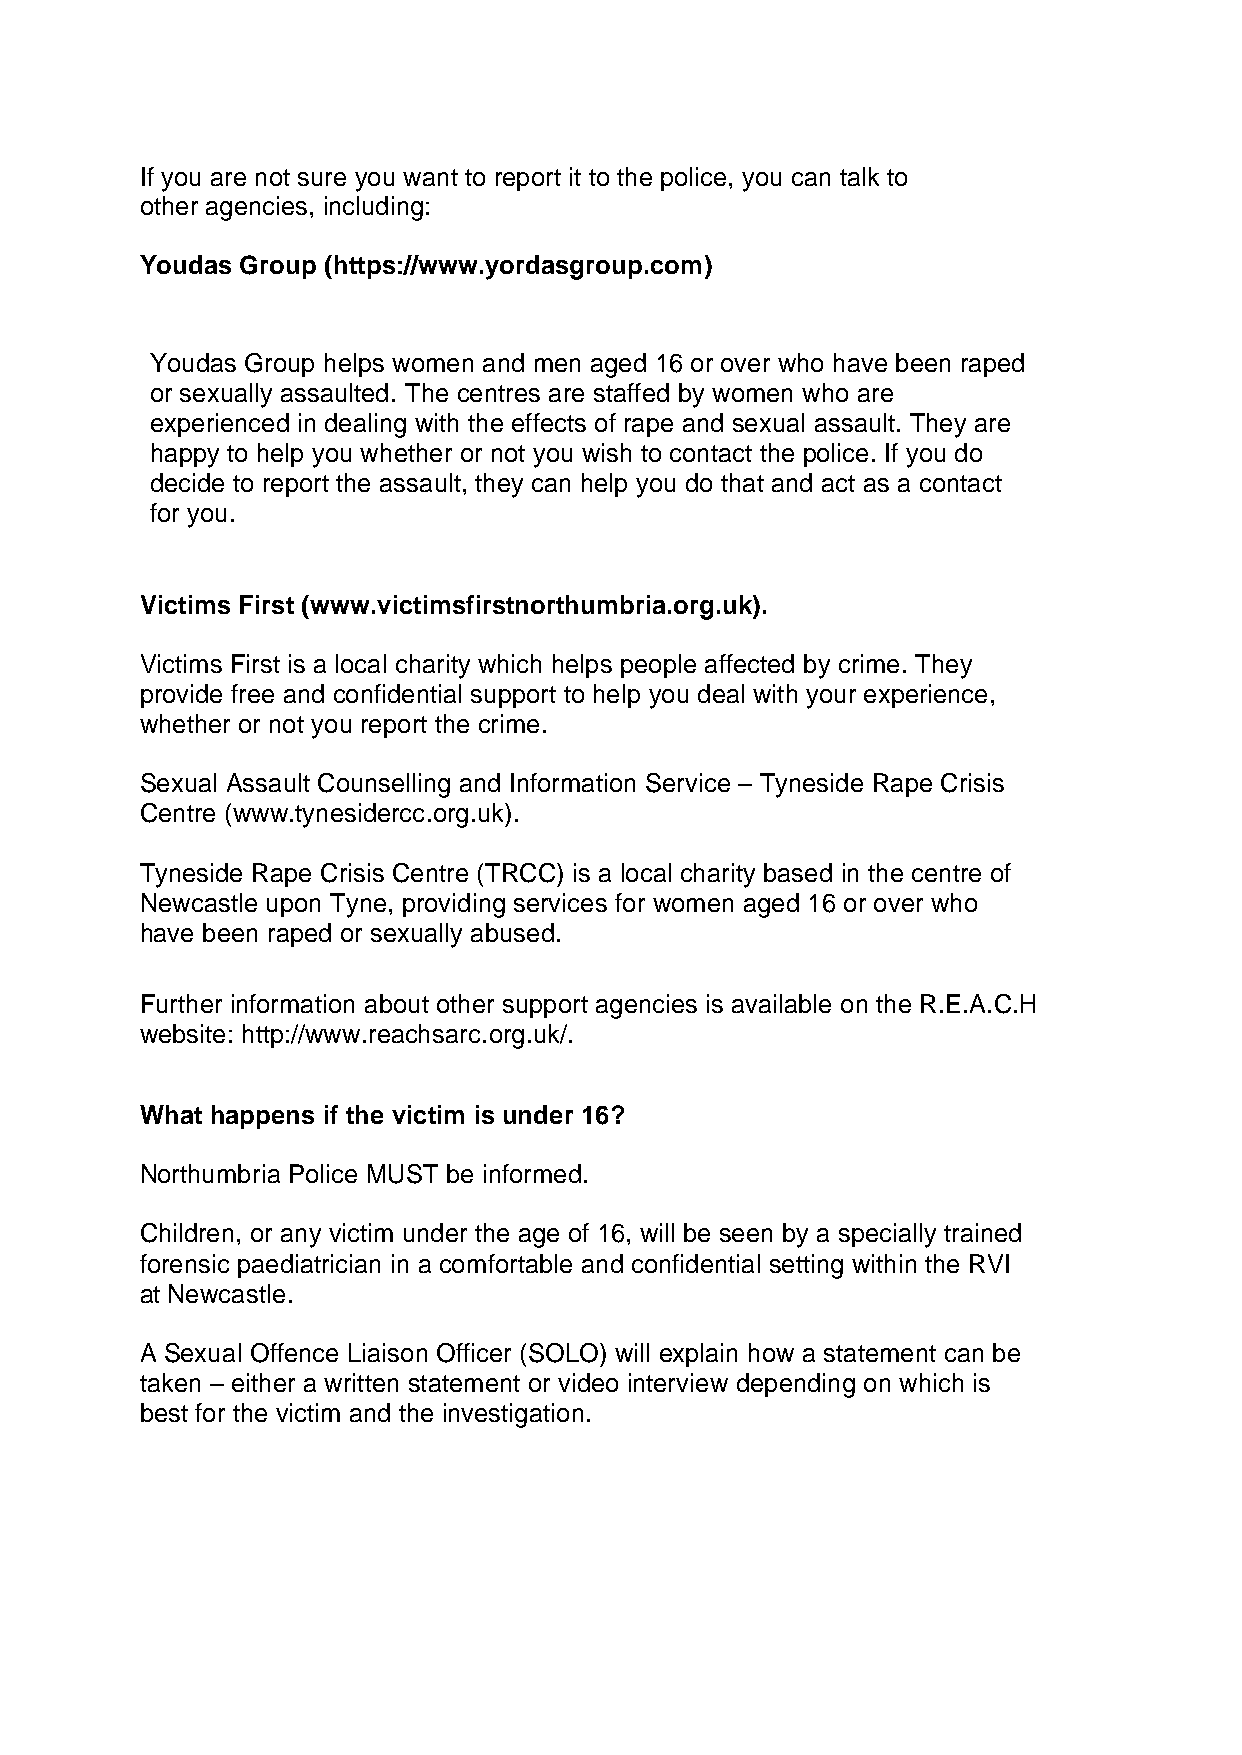
If you are not sure you want to report it to the police, you can talk to
 other agencies, including:
 Youdas Group (https://www.yordasgroup.com)
 Youdas Group helps women and men aged 16 or over who have been raped
 or sexually assaulted. The centres are staffed by women who are
 experienced in dealing with the effects of rape and sexual assault. They are
 happy to help you whether or not you wish to contact the police. If you do
 decide to report the assault, they can help you do that and act as a contact
 for you.
 Victims First (www.victimsfirstnorthumbria.org.uk).
 Victims First is a local charity which helps people affected by crime. They
 provide free and confidential support to help you deal with your experience,
 whether or not you report the crime.
 Sexual Assault Counselling and Information Service – Tyneside Rape Crisis
 Centre (www.tynesidercc.org.uk).
 Tyneside Rape Crisis Centre (TRCC) is a local charity based in the centre of
 Newcastle upon Tyne, providing services for women aged 16 or over who
 have been raped or sexually abused.
 Further information about other support agencies is available on the R.E.A.C.H
 website: http://www.reachsarc.org.uk/.
 What happens if the victim is under 16?
 Northumbria Police MUST be informed.
 Children, or any victim under the age of 16, will be seen by a specially trained
 forensic paediatrician in a comfortable and confidential setting within the RVI
 at Newcastle.
 A Sexual Offence Liaison Officer (SOLO) will explain how a statement can be
 taken – either a written statement or video interview depending on which is
 best for the victim and the investigation.